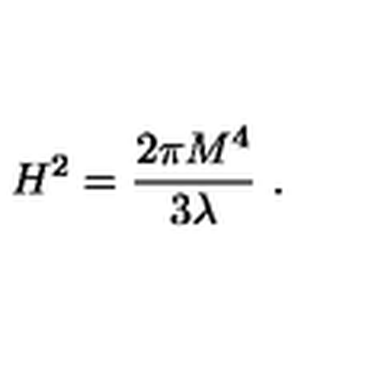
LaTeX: H ^ { 2 } = { \frac { 2 \pi M ^ { 4 } } { 3 \lambda } } \ .